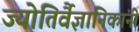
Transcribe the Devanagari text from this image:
ज्योतिर्वैज्ञानिकांनी